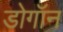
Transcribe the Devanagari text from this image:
डोगॉन